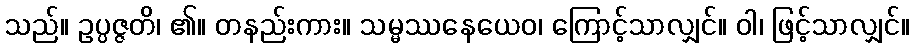
သည်။ ဥပ္ပဇ္ဇတိ၊ ၏။ တနည်းကား။ သမ္မဿနေယေဝ၊ ကြောင့်သာလျှင်။ ဝါ၊ ဖြင့်သာလျှင်။